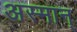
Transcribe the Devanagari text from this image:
अस्मान्